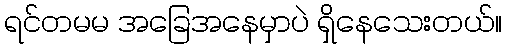
ရင်တမမ အခြေအနေမှာပဲ ရှိနေသေးတယ်။